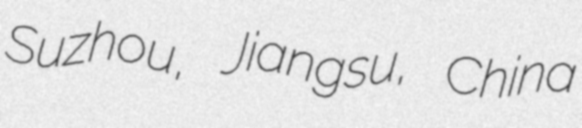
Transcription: Suzhou, Jiangsu, China